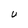
Character: U